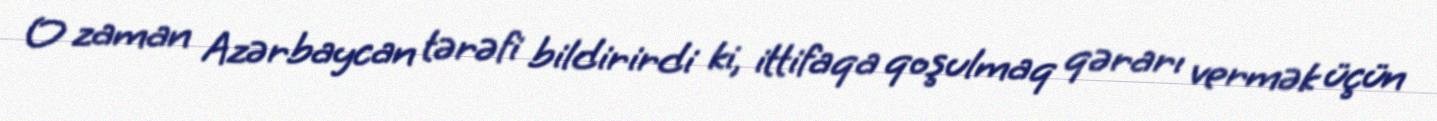
O zaman Azərbaycan tərəfi bildirirdi ki, ittifaqa qoşulmaq qərarı vermək üçün